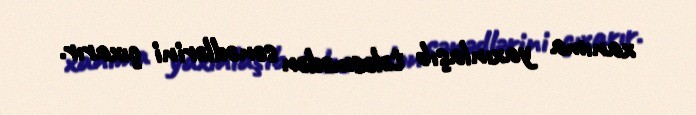
xanıma yaxınlaşıb tələsmədən sənədlərini çıxarır.